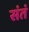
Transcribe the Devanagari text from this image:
संतं